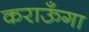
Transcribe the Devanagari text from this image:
कराऊँगा